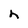
Character: n